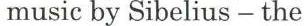
music by Sibelius - the